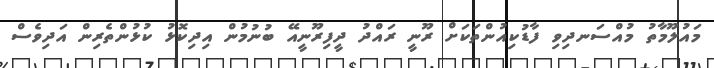
މައުލޫމާތު މުއްސަނދިވި ފާޑުކިއުންތަކަށް ރޫނީ ރައްދު ދީފިރޫނީއޭ ބުނުމުން އިދިކޮޅު ކުޅުންތެރިން އަދިވެސް